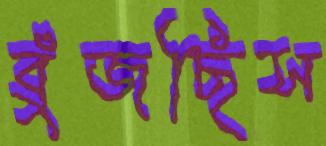
বুঁজছিস